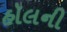
હૉલની